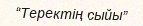
“Теректің сыйы”